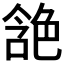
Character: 𰰘